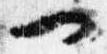
一